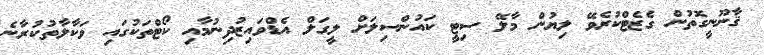
ޤާނޫނީގޮތުން ގެޒެޓްކުރެވޭ ލިޔުން މާލޭ ސިޓީ ކައުންސިލަށް ލީގަލް އެޑްވައިޒުދިނުމާއި ކޯޓްތަކުގައި ވަކާލާތުކުރާނެ